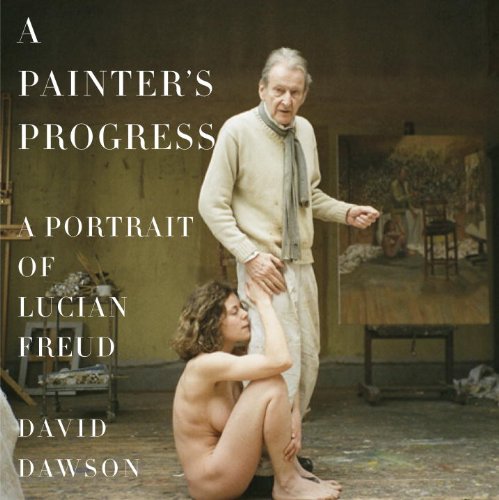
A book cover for A Painter's Progress: A Portrait of Lucian Freud; David Dawson; Arts & Photography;